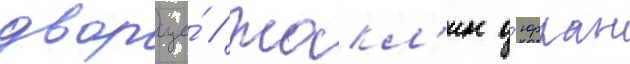
дворце́ // Жакл'ин д'юрран